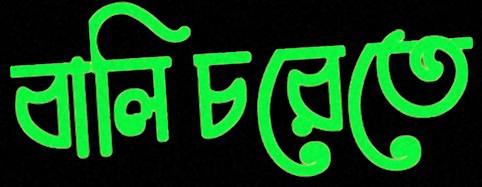
বালিচরেতে